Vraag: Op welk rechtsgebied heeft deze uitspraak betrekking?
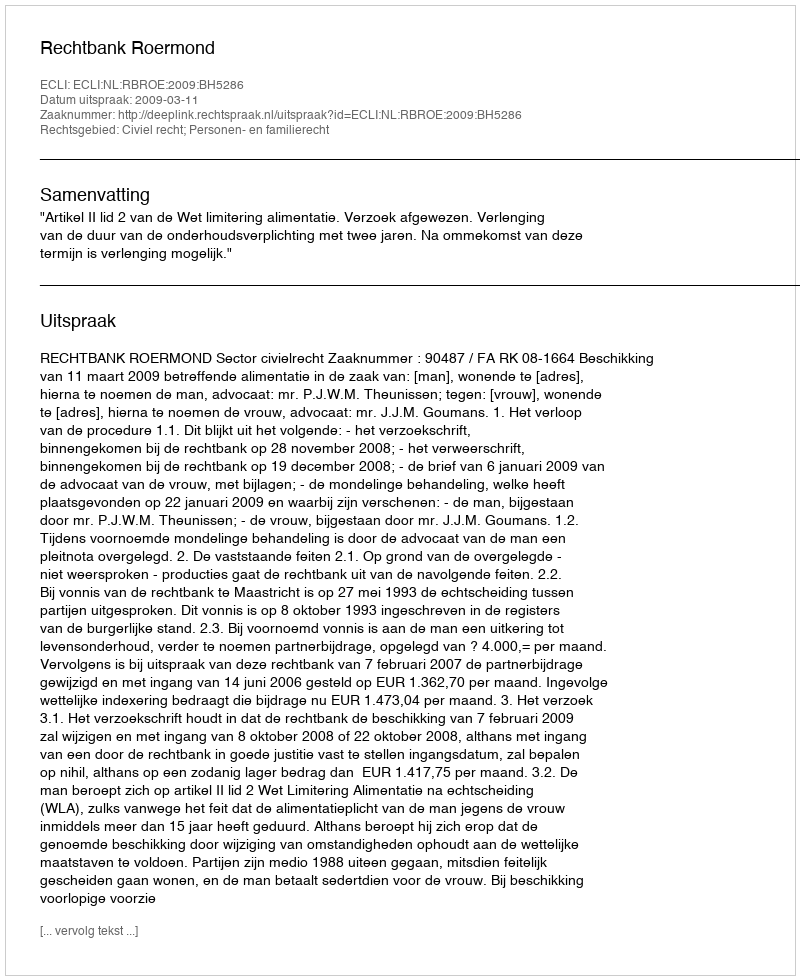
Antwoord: Civiel recht; Personen- en familierecht